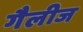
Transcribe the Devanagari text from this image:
गैलीज